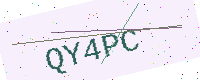
Text: QY4PC